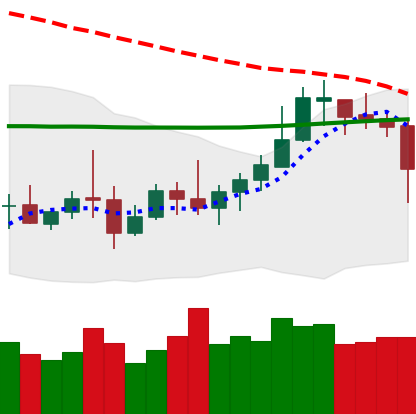
Ticker: LTC-USD
Chart end date: 2020-10-16
Forward return: 11.223%
Label: up_7plus